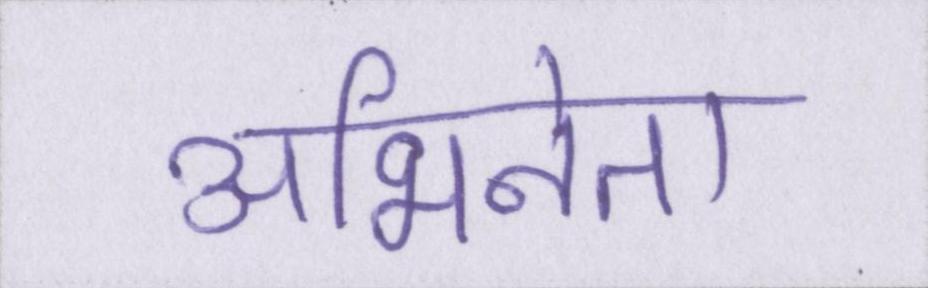
अभिनेता